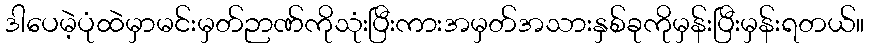
ဒါပေမဲ့ပုံထဲမှာမင်းမှတ်ဉာဏ်ကိုသုံးပြီးကားအမှတ်အသားနှစ်ခုကိုမှန်းပြီးမှန်းရတယ်။